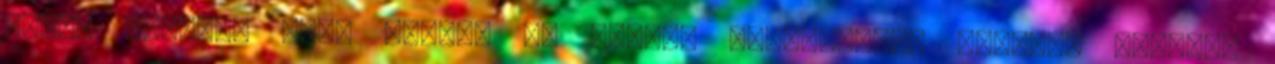
mégis feszült "The Plan", az Elliot Goldenthalt idézően harsogó